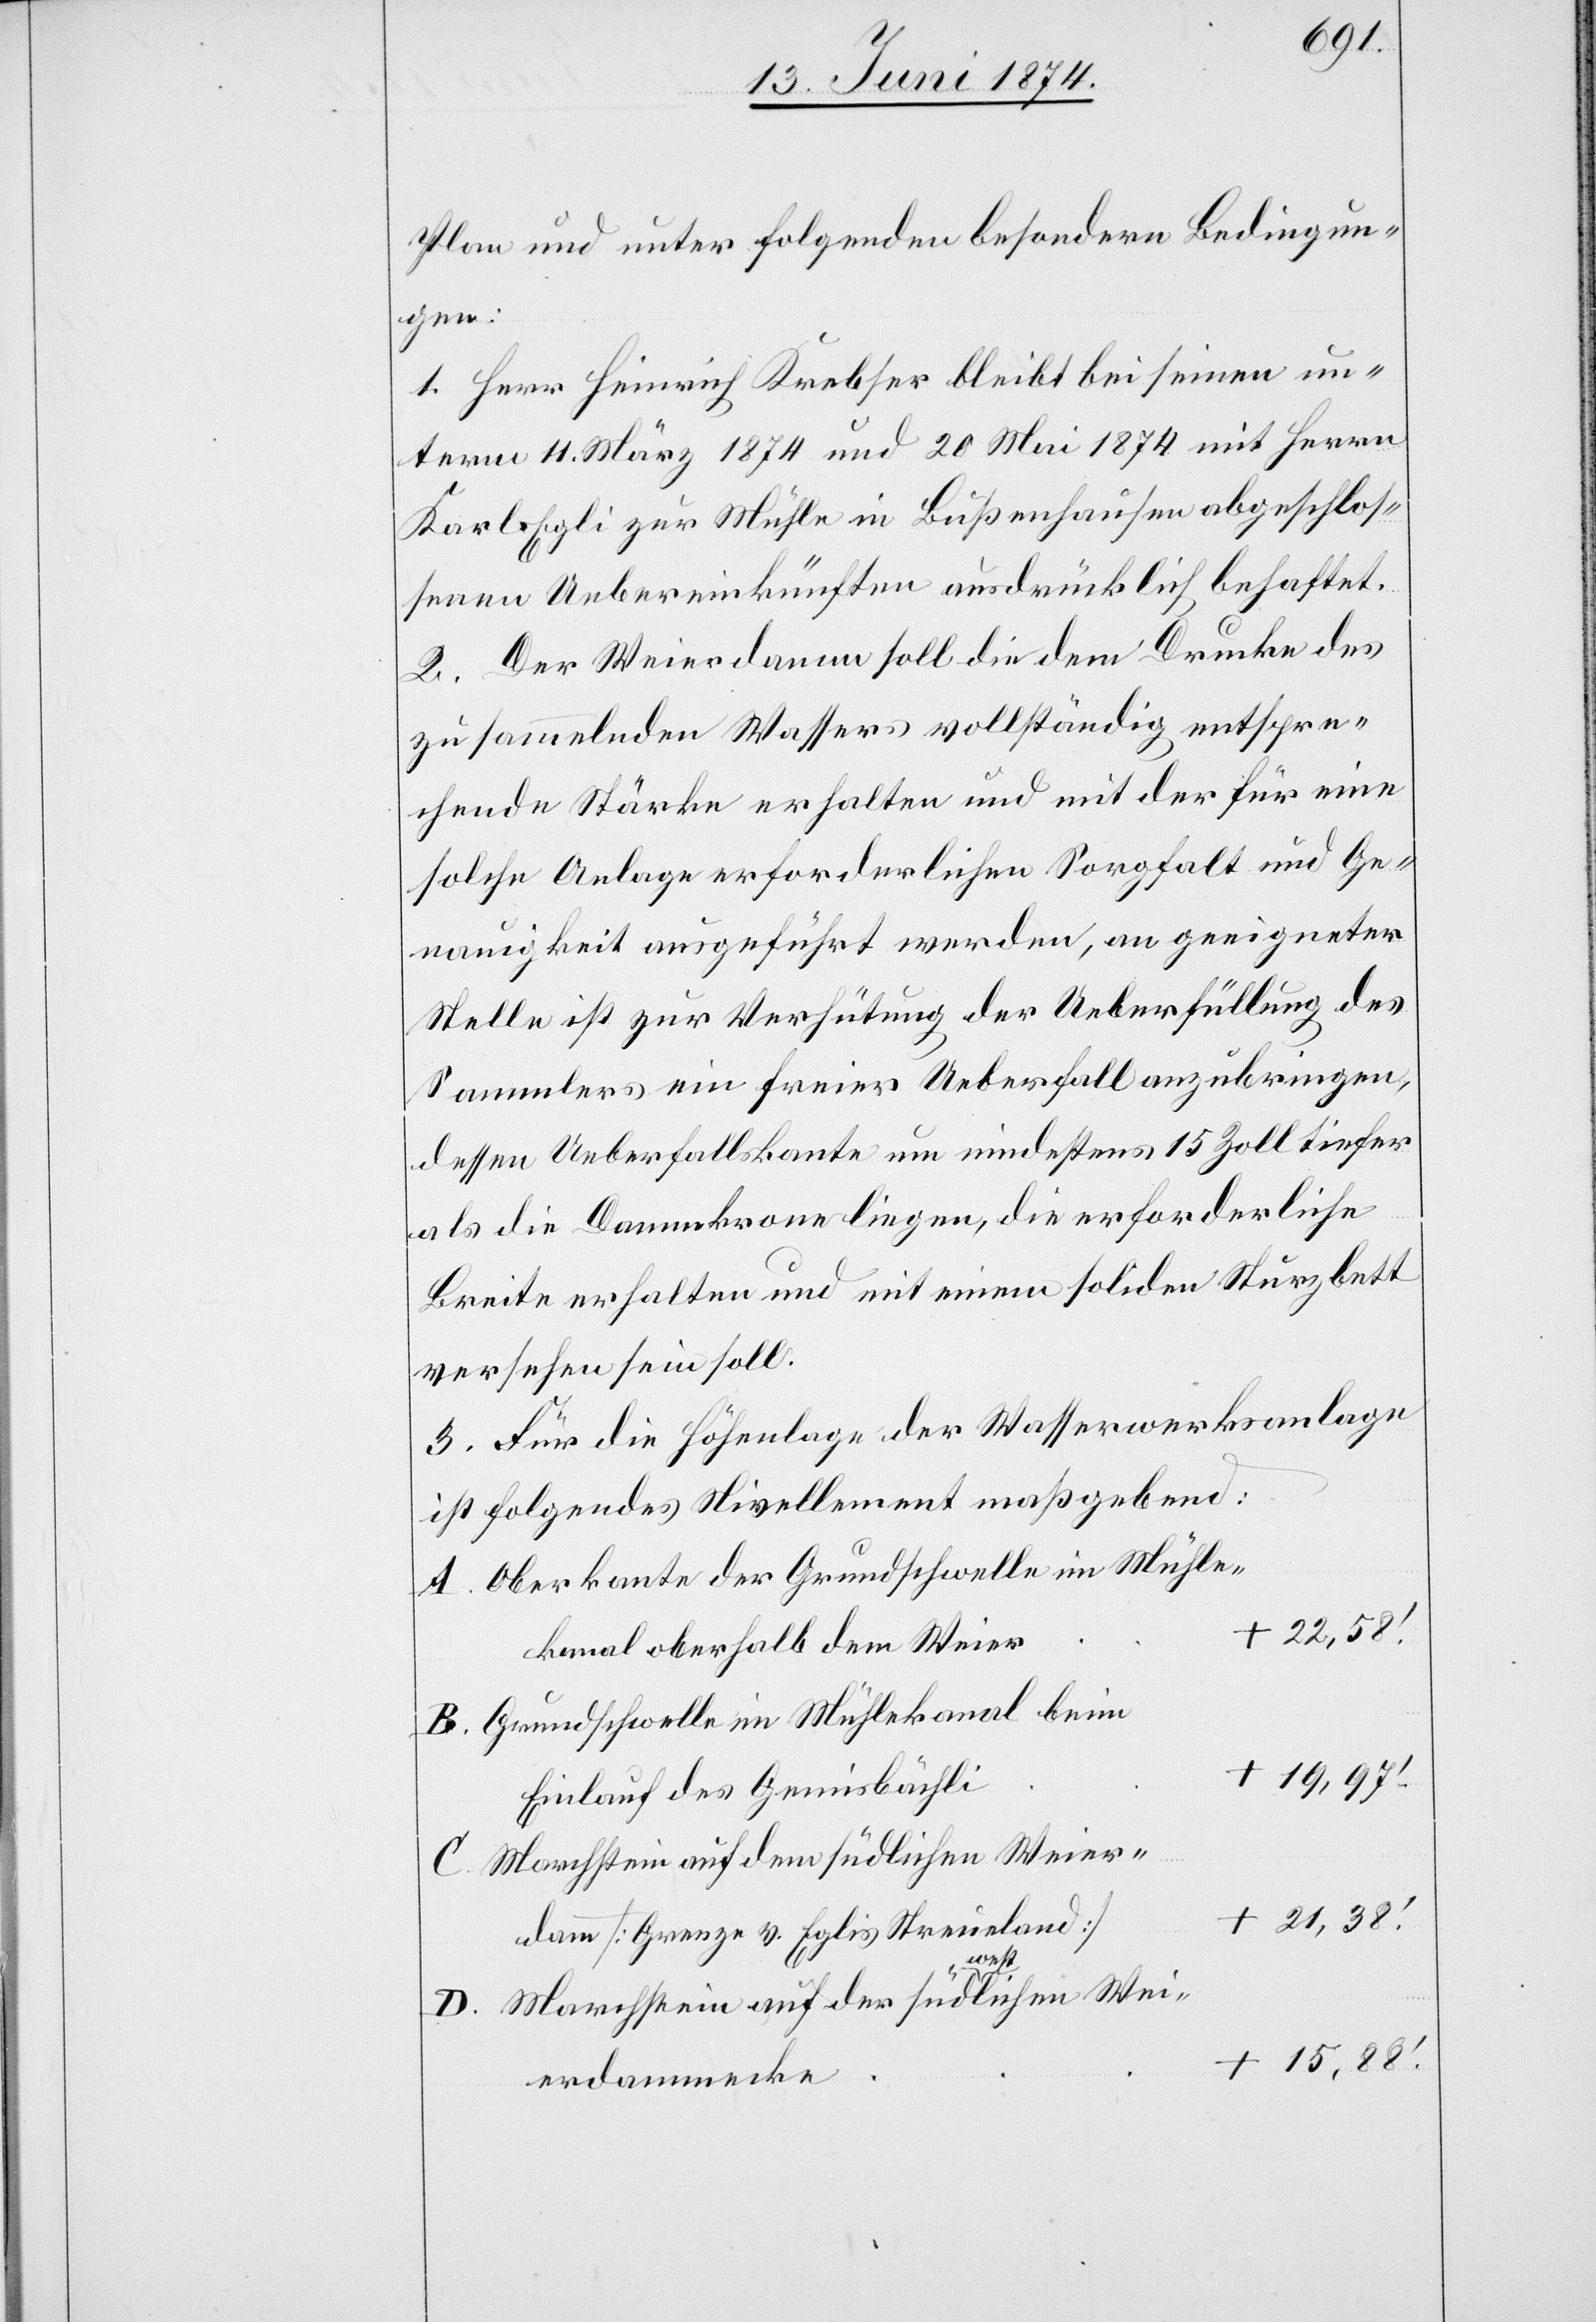
Plan und unter folgenden besondern Bedingun¬
gen:
1. Herr Heinrich Krebser bleibt bei seinen un¬
term 11. März 1874 und 20. Mai 1874 mit Herrn
Karl Egli zur Mühle in Bußenhausen abgeschlos¬
senen Uebereinkünften ausdrücklich behaftet.
2. Der Weierdamm soll die dem Drucke des
zu sammelnden Wassers vollständig entspre¬
chende Stärke erhalten und mit der für eine
solche Anlage erforderlichen Sorgfalt und Ge¬
nauigkeit ausgeführt werden, an geeigneter
Stelle ist zur Verhütung der Ueberfüllung des
Sammlers ein freier Ueberfall anzubringen,
dessen Ueberfallskante um mindestens 15 Zoll tiefer
als die Dammkrone liegen, die erforderliche
Breite erhalten und mit einem soliden Sturzbett
versehen sein soll.
3. Für die Höhenlage der Wasserwerksanlage
ist folgendes Nivellement maßgebend:
Oberkante der Grundschwelle im Mühle¬
22,58.‘
kanal oberhalb dem Weier
Grundschwelle im Mühlekanal beim
Einlauf des Gemisbächli
+
Marchstein auf dem südlichen Weier¬
21,38.‘
damm [Grenze v. Eglis Streueland]
Wei¬
15,88.‘
erdammecke